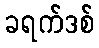
ခရက်ဒစ်